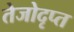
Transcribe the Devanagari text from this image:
तेजोदृप्त